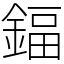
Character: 鍢